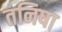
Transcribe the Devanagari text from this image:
तनिषा